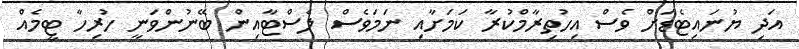
އަދި ޔުނައިޓެޑަށް ވެސް އިހުތިރާމްކުރާ ކަމަށާއި ނަމަވެސް ލެސްޓާއިން ބޭނުންވަނީ ހުރިހާ ޓީމެއް